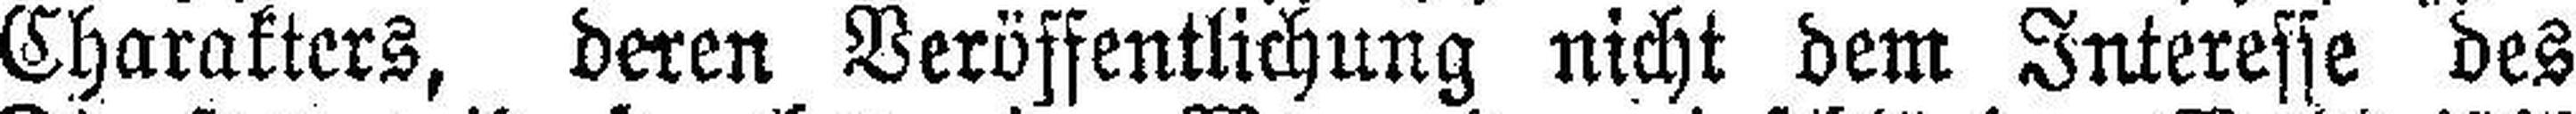
Charakters, deren Veröffentlichung nicht dem Interesse des